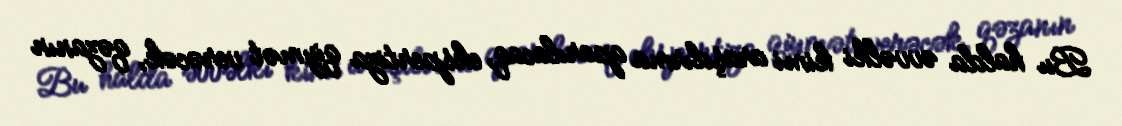
Bu halda əvvəlki kimi araşdırma aparılacaq, ekspertiza qiymət verəcək, qəzanın